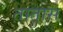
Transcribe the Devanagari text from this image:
तातास